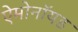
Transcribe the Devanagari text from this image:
ऐमोनॉयड